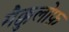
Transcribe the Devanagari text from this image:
मैक्कुलोफ़